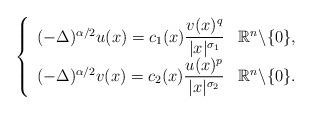
\begin{align*} \left\{\begin{array}{cl} (-\Delta)^{\alpha/2} u(x) = \displaystyle c_{1}(x)\frac{v(x)^q}{|x|^{\sigma_1}} & \mathbb{R}^n\backslash\{0\}, \\ (-\Delta)^{\alpha/2} v(x) = \displaystyle c_{2}(x)\frac{u(x)^p}{|x|^{\sigma_2}} & \mathbb{R}^n\backslash\{0\}. \end{array}\right.\end{align*}